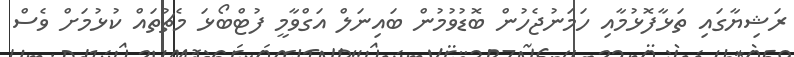
ރަޝިޔާގައި ތަޅާފޮޅުމާއި ހަމަނުޖެހުން ބޮޑުވުމުން ބައިނަލް އަގްވާމީ ފުޓްބޯޅަ މެޗުތައް ކުޅުމަށް ވެސް